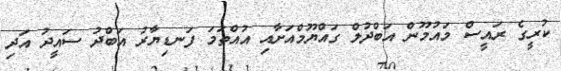
ކުރީގެ ރައީސް މައުމޫން އަބްދުލް ގައްޔޫމްއަށާއި އުއްތަމަ ފަނޑިިޔާރު އަބްދު ސައީދު އަދި